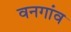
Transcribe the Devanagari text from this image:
वनगांव